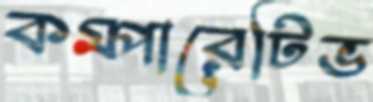
কম্পারেটিভ